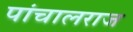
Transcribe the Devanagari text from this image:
पांचालराज